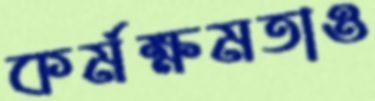
কর্মক্ষমতাও